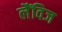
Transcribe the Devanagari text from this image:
लैंविज